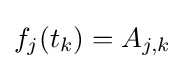
f_{j}(t_{k})=A_{j,k}